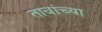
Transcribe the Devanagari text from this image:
तावांच्या